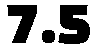
7.5